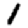
Digit: 1